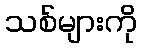
သစ်များကို